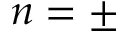
n = \pm